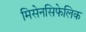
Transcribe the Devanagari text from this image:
मिसेनसिफेलिक